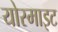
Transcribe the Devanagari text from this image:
योस्माइट